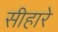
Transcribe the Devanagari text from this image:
सीहारे